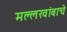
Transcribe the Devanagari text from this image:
मल्लखांबाचे